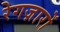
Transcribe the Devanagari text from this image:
रेगज़ारों